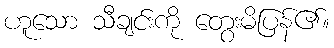
ဟူသော သီချင်းကို တွေးမိပြန်၏။